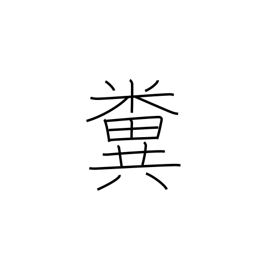
Meaning: feces